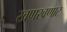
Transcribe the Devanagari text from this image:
खणखणाट